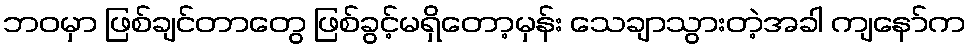
ဘဝမှာ ဖြစ်ချင်တာတွေ ဖြစ်ခွင့်မရှိတော့မှန်း သေချာသွားတဲ့အခါ ကျနော်က